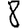
Digit: 8